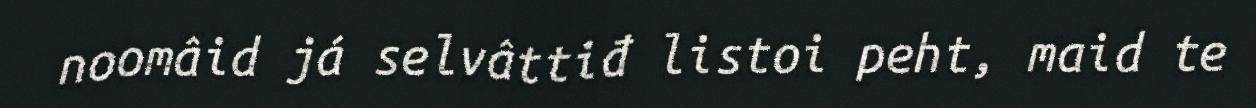
noomâid já selvâttiđ listoi peht, maid te